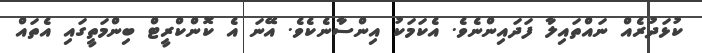
ކުޅަދުރެއް ނައްތައިލާ ފަދައިންނެވެ. އެކަމަކު އިންސާނެކެވެ. އޭނަ އެ ކޮންކްރީޓް ބިންމަތީގައި އެތައް